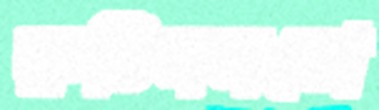
রুটিনমতো